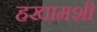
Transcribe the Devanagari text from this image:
हखामशी